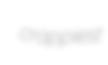
crappiest